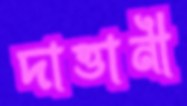
দাত্তানী